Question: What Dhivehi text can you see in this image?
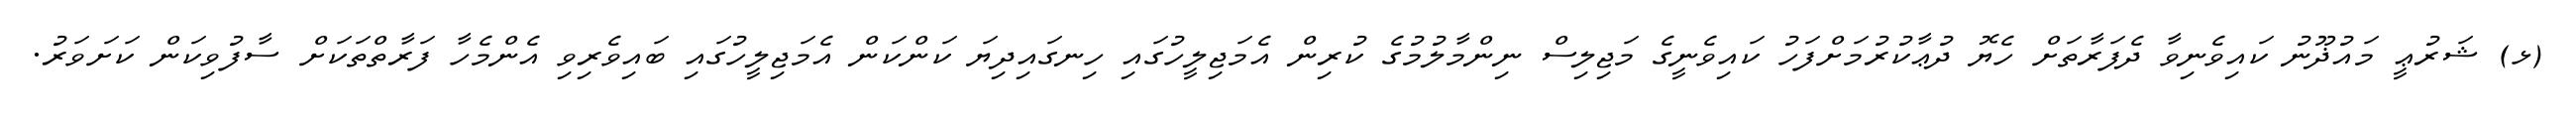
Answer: (ޅ) ޝަރުޢީ މައުޛޫނު ކައިވެނިވާ ދެފަރާތަށް ހެޔޮ ދުޢާކުރުމަށްފަހު ކައިވެނީގެ މަޖިލިސް ނިންމާލުމުގެ ކުރިން އެމަޖިލީހުގައި ހިނގައިދިޔަ ކަންކަން އެމަޖިލީހުގައި ބައިވެރިވި އެންމެހާ ފަރާތްތަކަށް ސާފުވިކަން ކަށަވަރު.